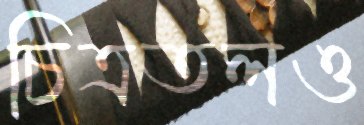
চিত্রতলও